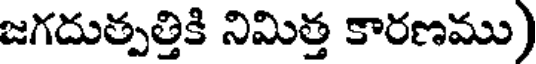
జగదుత్పత్తికి నిమిత్త కారణము)